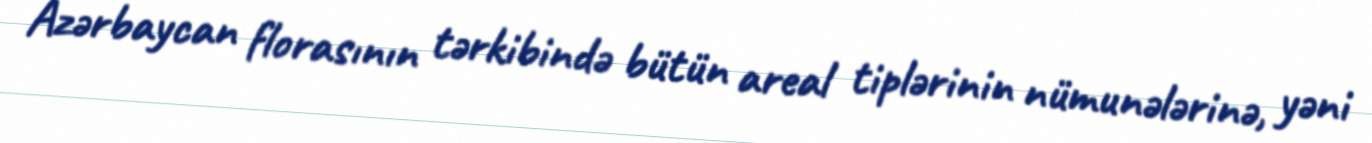
Azərbaycan florasının tərkibində bütün areal tiplərinin nümunələrinə, yəni